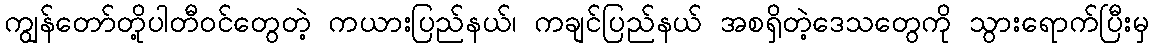
ကျွန်တော်တို့ပါတီဝင်တွေတဲ့ ကယားပြည်နယ်၊ ကချင်ပြည်နယ် အစရှိတဲ့ဒေသတွေကို သွားရောက်ပြီးမှ